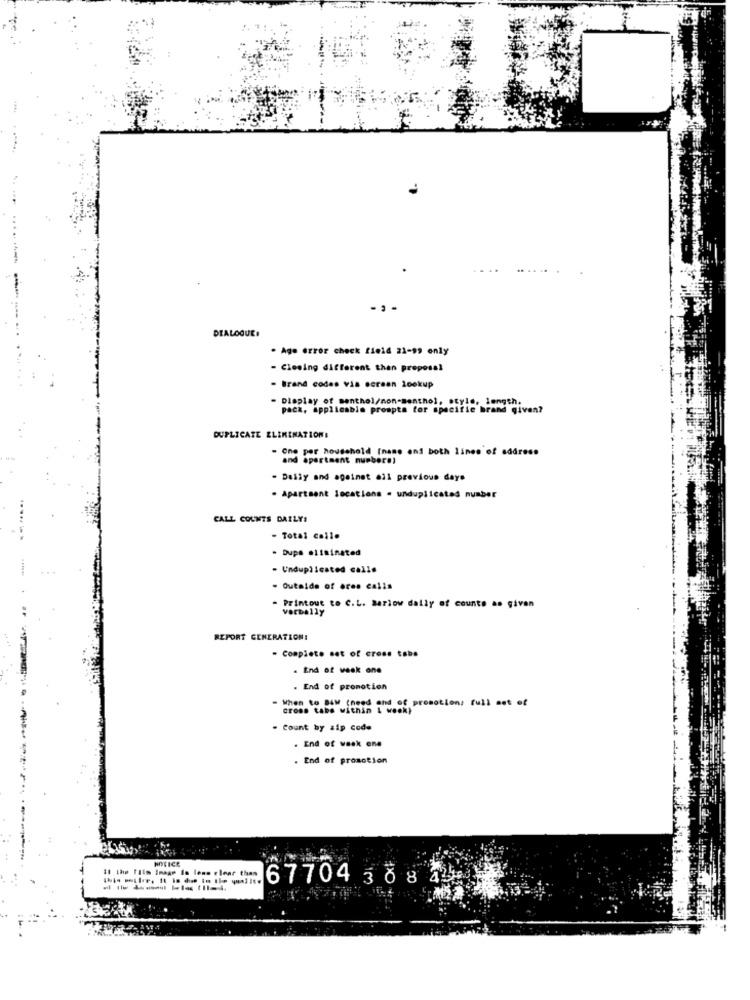
DIALOGUEI
. Ago error check field 21-99 only
- Closing different than proposal
- Brand codes vis screen lookup
- Display of menthol/non-menthol, style, length.
pacz, applicable prompts for specific brand given?
DUPLICATE ELIMINATIONI
- One per household [name and both lines of address
and apartment numbers)
- Daily and against all previous days
. Apartment locations . unduplicated number
....
CALL COUNTS DAILY!
- Total calle
- Dups elisinated
- Unduplicated calls
- Outside of ores calis
Printout to C.L. Barlow daily of counte as givan
verbally
REPORT GENERATION:
- Complete set of cross tabs
. End of weak one
. End of promotion
- When to BIM (need and of promotion: full set of
cross tabs within & wook}
- count by zip code
. End of weak ene
---
. End of promotion
NOTICE
11 the film Image Is lens clear than
67704 38 8 4